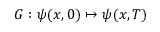
G : \psi ( x , 0 ) \mapsto \psi ( x , T )